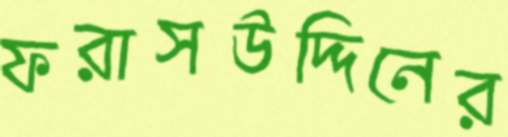
ফরাসউদ্দিনের